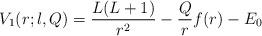
LaTeX: \begin{align*} V_1(r;l,Q) = \frac{L(L+1)}{r^2} - \frac{Q}{r} f(r) - E_0\end{align*}